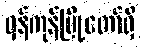
ရန်ကုန်မြို့တော်ရှိ